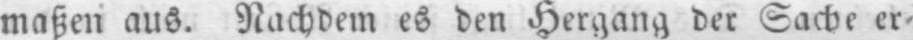
maßen aus. Nachdem es den Hergang der Sache er⸗